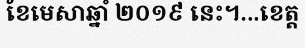
ខែមេសាឆ្នាំ ២០១៩ នេះ។...ខេត្ត